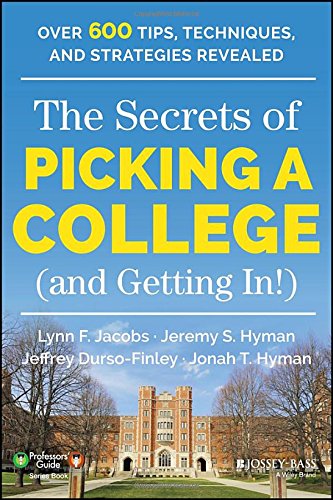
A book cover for The Secrets of Picking a College (and Getting In!) (Professors' Guide); Lynn F. Jacobs; Education & Teaching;